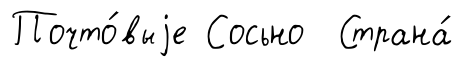
Почто́выjе Сосьно Страна́